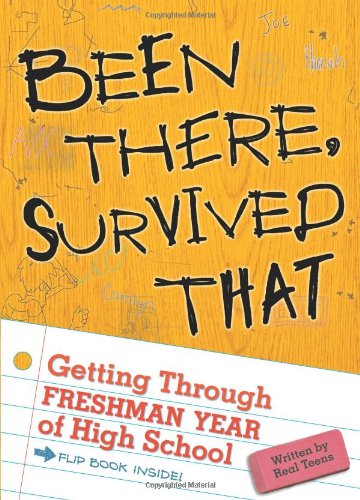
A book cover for Been There, Survived That: Getting Through Freshman Year of High School; Teen & Young Adult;